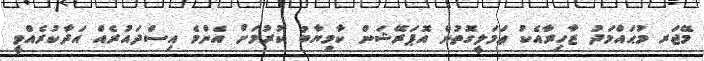
މޭޖަރ މުޙައްމަދު ޒާހިރާއެކު ޢަމަލީގޮތުން އޮޕަރޭޝަން ކާމިޔާބު ކުރުމަށް އެންމެ އިސްދައުރެއް އަދާކުރެއްވީ